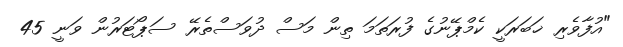
"އުފާވެރި ޚަބަރަކީ ކެމްޕޭނުގެ ފުރަތަމަ ތިން މަސް ދުވަސްތެރޭ ސަޕޯޓަރުން ވަނީ 45